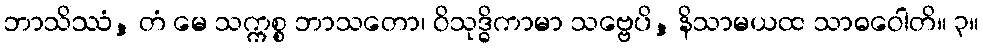
ဘာသိဿံ, တံ မေ သက္ကစ္စ ဘာသတော၊ ဝိသုဒ္ဓိကာမာ သဗ္ဗေပိ, နိသာမယထ သာဓဝေါတိ။ ၃။